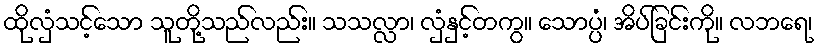
ထိုလှံသင့်သော သူတို့သည်လည်း။ သသလ္လာ၊ လှံနှင့်တကွ။ သောပ္ပံ၊ အိပ်ခြင်းကို။ လဘရေ၊